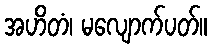
အဟိတံ၊ မလျောက်ပတ်။